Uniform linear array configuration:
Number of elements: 64
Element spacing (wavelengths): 0.5
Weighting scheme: kaiser
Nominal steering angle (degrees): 0
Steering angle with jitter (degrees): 0.267
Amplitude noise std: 0.05
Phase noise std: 0.05

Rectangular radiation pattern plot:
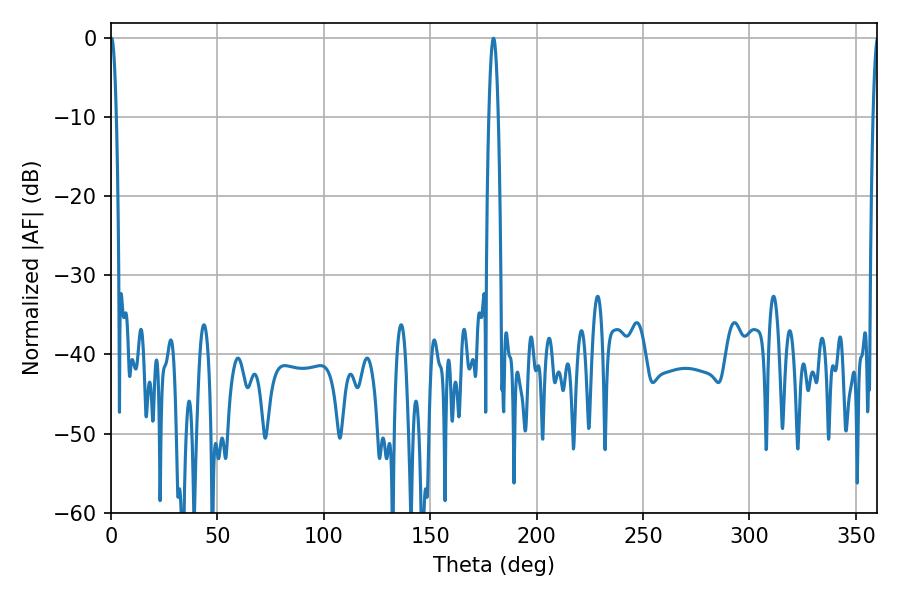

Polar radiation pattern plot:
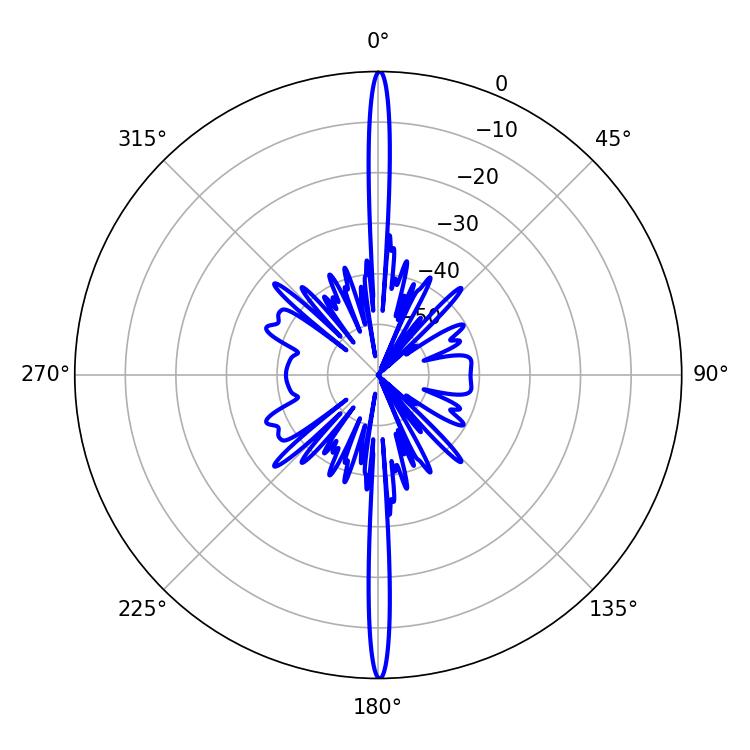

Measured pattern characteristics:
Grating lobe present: FALSE
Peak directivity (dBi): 38.091
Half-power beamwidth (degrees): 2.34
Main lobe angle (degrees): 179.64